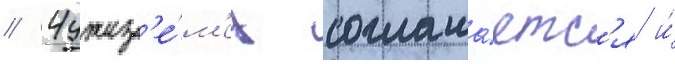
// Чужез'е́м'ец соглаша́етс'я и́